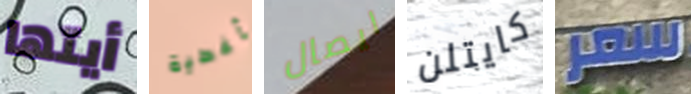
أيتها أغطية ايصال كايتلن سعر